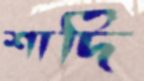
শাদি